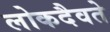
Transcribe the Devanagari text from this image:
लोकदैवते